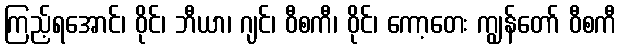
ကြည့်ရအောင်၊ ဝိုင်၊ ဘီယာ၊ ဂျင်၊ ဝီစကီ၊ ဝိုင်၊ ကော့တေး ကျွန်တော် ဝီစကီ